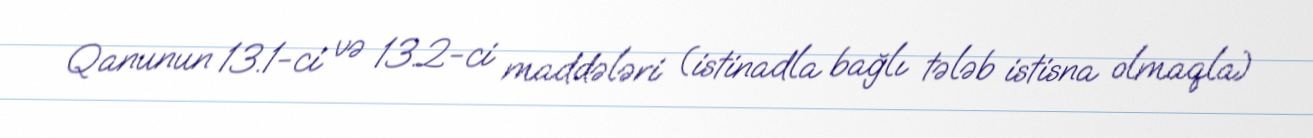
Qanunun 13.1-ci və 13.2-ci maddələri (istinadla bağlı tələb istisna olmaqla)